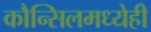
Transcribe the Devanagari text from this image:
कौन्सिलमध्येही